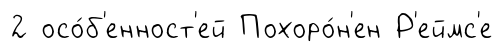
2 осо́б'енност'ей Похоро́н'ен Р'еймс'е